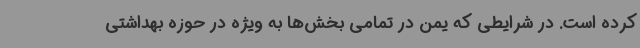
کرده است. در شرایطی که یمن در تمامی بخش‌ها به ویژه در حوزه بهداشتی